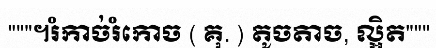
"""។រំកាច់រំកោច ( គុ. ) តូចតាច, ល្អិត"""